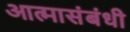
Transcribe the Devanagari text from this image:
आत्मासंबंधी